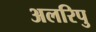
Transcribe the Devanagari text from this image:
अलरिपु